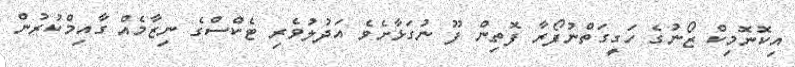
އިކޮނޮމިކް ޒޯނުގެ ހަގީގަތްނުފޯރާ ފޮތިން ފޫ ނުގަޅާށެވެ އަދުލުވެރި ޓެކްސްގެ ނިޒާމެއް ގާއިމްކުރުން